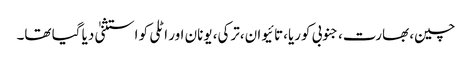
چین، بھارت،جنوبی کوریا،تائیوان،ترکی، یونان اور اٹلی کو استثنیٰ دیا گیا تھا۔